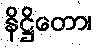
နိဋ္ဌိတော၊